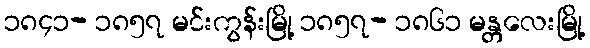
၁၈၄၁- ၁၈၅၇ မင်းကွန်းမြို့ ၁၈၅၇- ၁၈၆၁ မန္တလေးမြို့